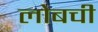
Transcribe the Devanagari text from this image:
लोबची